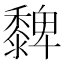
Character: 𪐄